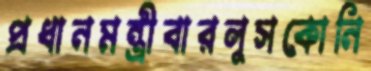
প্রধানমন্ত্রীবারলুসকোনি